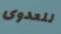
للعدوى